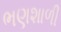
ભણશાળી